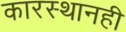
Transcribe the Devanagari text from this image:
कारस्थानही